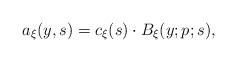
LaTeX: \begin{align*}a_{\xi}(y,s)=c_{\xi}(s)\cdot B_{\xi}(y;p;s),\end{align*}